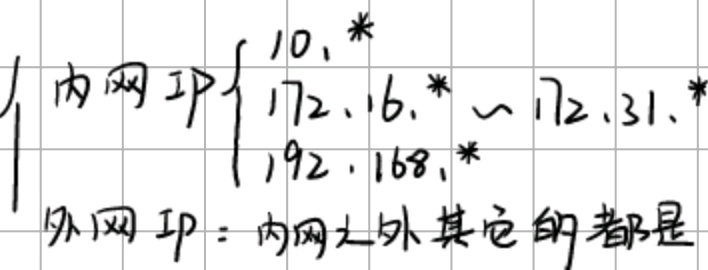
内网 IP $\begin{cases}
10.* \\
172.16.* \sim 172.31.* \\
192.168.*
\end{cases}$
外网 IP：内网之外其它的都是